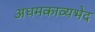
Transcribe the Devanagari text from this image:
अधमकाव्यभेद